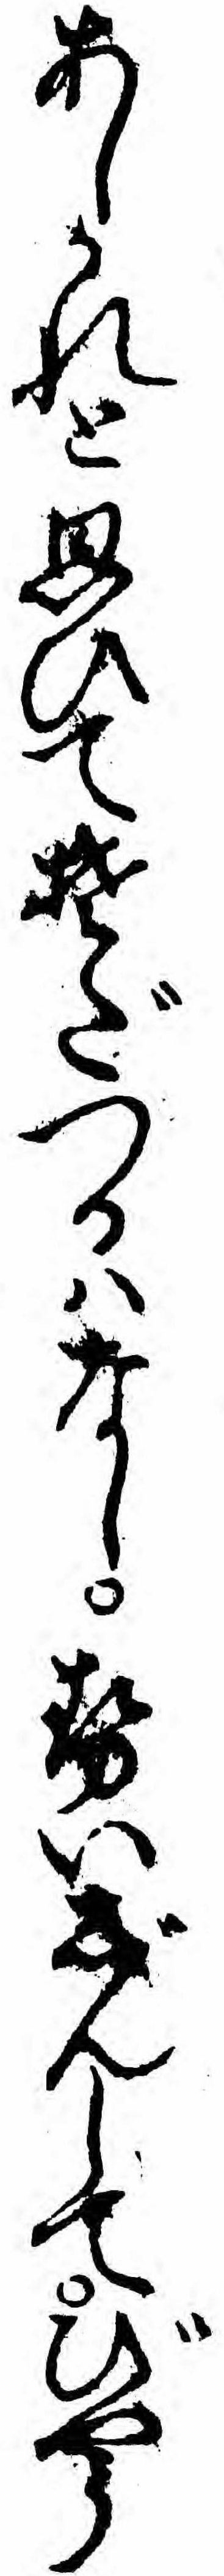
あしかれと思ひてそだつるハなしせいじんしてびやう